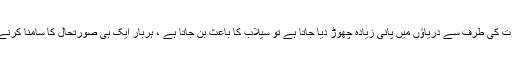
ہمارے ہاں بارشوں کے زیادہ ہونے کے ساتھ ہی جب بھارت کی طرف سے دریاؤں میں پانی زیادہ چھوڑ دیا جاتا ہے تو سیلاب کا باعث بن جاتا ہے ، ہربار ایک ہی صورتحال کا سامنا کرنے والے زرعی ملک کو تو بہت زیادہ محتاط ہونا چاہیے تھا۔